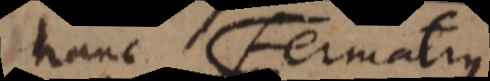
hanc Fermatius